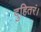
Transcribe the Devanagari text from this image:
दुहितरं।